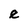
Character: e